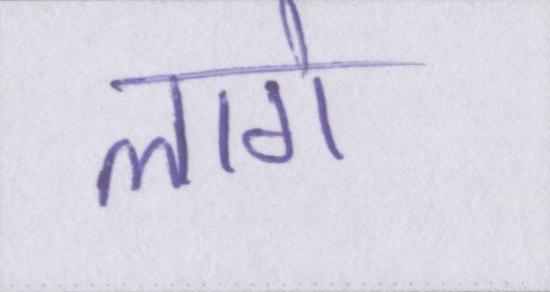
लागे